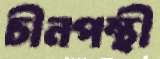
চীনপন্থী